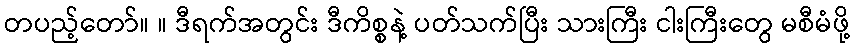
တပည့်တော်။ ။ ဒီရက်အတွင်း ဒီကိစ္စနဲ့ ပတ်သက်ပြီး သားကြီး ငါးကြီးတွေ မစီမံဖို့